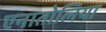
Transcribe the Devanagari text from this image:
एनातोलिया